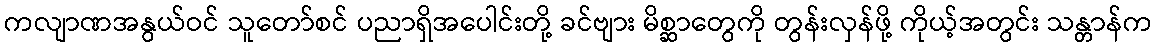
ကလျာဏအနွယ်ဝင် သူတော်စင် ပညာရှိအပေါင်းတို့ ခင်ဗျား မိစ္ဆာတွေကို တွန်းလှန်ဖို့ ကိုယ့်အတွင်း သန္တာန်က